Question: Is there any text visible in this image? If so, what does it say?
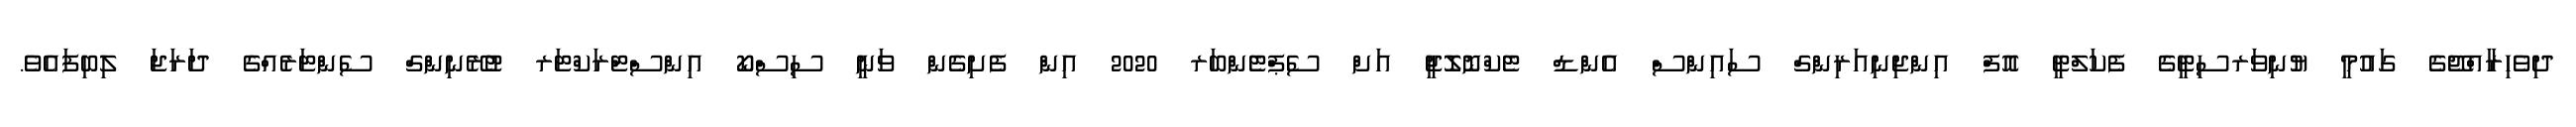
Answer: ދިވެހިރާއްޖޭގެ ގައުމީ ޔުނިވަރސިޓީގެ ފެކަލްޓީ އޮފް އިންޖިނިއަރިންގް ސައިންސް އެންޑް ޓެކްނޮލޮޖީ އަށް ސެޕްޓެންބަރ 2020 އިން ފެށިގެން ވަނީ ސިސްކޯ އިންސްޓްރަކްޓަރ ޓުރޭނިންގް ސެންޓަރެއްގެ ދަރަޖަ ލިބިފައެވެ.